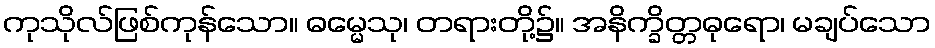
ကုသိုလ်ဖြစ်ကုန်သော။ ဓမ္မေသု၊ တရားတို့၌။ အနိက္ခိတ္တဓုရော၊ မချပ်သော